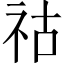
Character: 祜